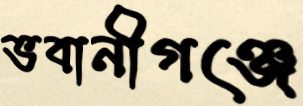
ভবানীগঞ্জে